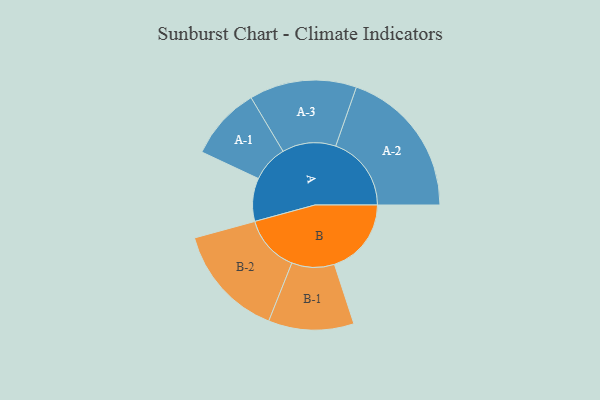
{"axis": {"x": "Segment", "y": "Value"}, "legend": ["", "A", "B"], "data": [{"x": "A", "y": 169, "type": ""}, {"x": "B", "y": 301, "type": ""}, {"x": "A-1", "y": 143, "type": "A"}, {"x": "A-2", "y": 296, "type": "A"}, {"x": "A-3", "y": 210, "type": "A"}, {"x": "B-1", "y": 167, "type": "B"}, {"x": "B-2", "y": 222, "type": "B"}]}